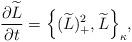
LaTeX: \begin{align*}\frac{\partial \widetilde{L}}{\partial t} = \Big \{ (\widetilde{L})^2_{+},\widetilde{L} \Big \}_{\kappa},\end{align*}